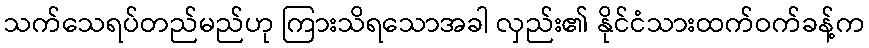
သက်သေရပ်တည်မည်ဟု ကြားသိရသောအခါ လှည်း၏ နိုင်ငံသားထက်ဝက်ခန့်က